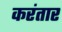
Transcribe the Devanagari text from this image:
करंतार